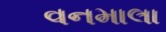
વનમાલા